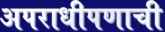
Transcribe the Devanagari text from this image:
अपराधीपणाची